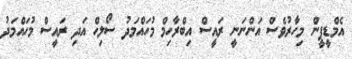
އެމްޑީޕީން މިހާރުވެސް އަންނަނީ ރައީސް އިބްރާހިމް މުހައްމަދު ސޯލިހް އަދި ރައީސް މުހައްމަދު